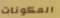
المكونات